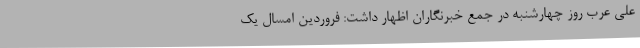
علی عرب روز چهارشنبه در جمع خبرنگاران اظهار داشت: فروردین امسال یک